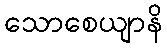
သောစေယျာနိ